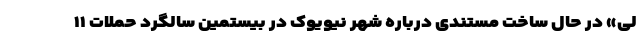
لی» در حال ساخت مستندی درباره شهر نیویوک در بیستمین سالگرد حملات ۱۱